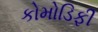
કોમોડિફી